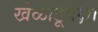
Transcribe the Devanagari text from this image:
खेळाडूपेक्षा